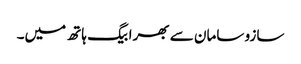
سازو سامان سے بھرا بیگ ہاتھ میں۔